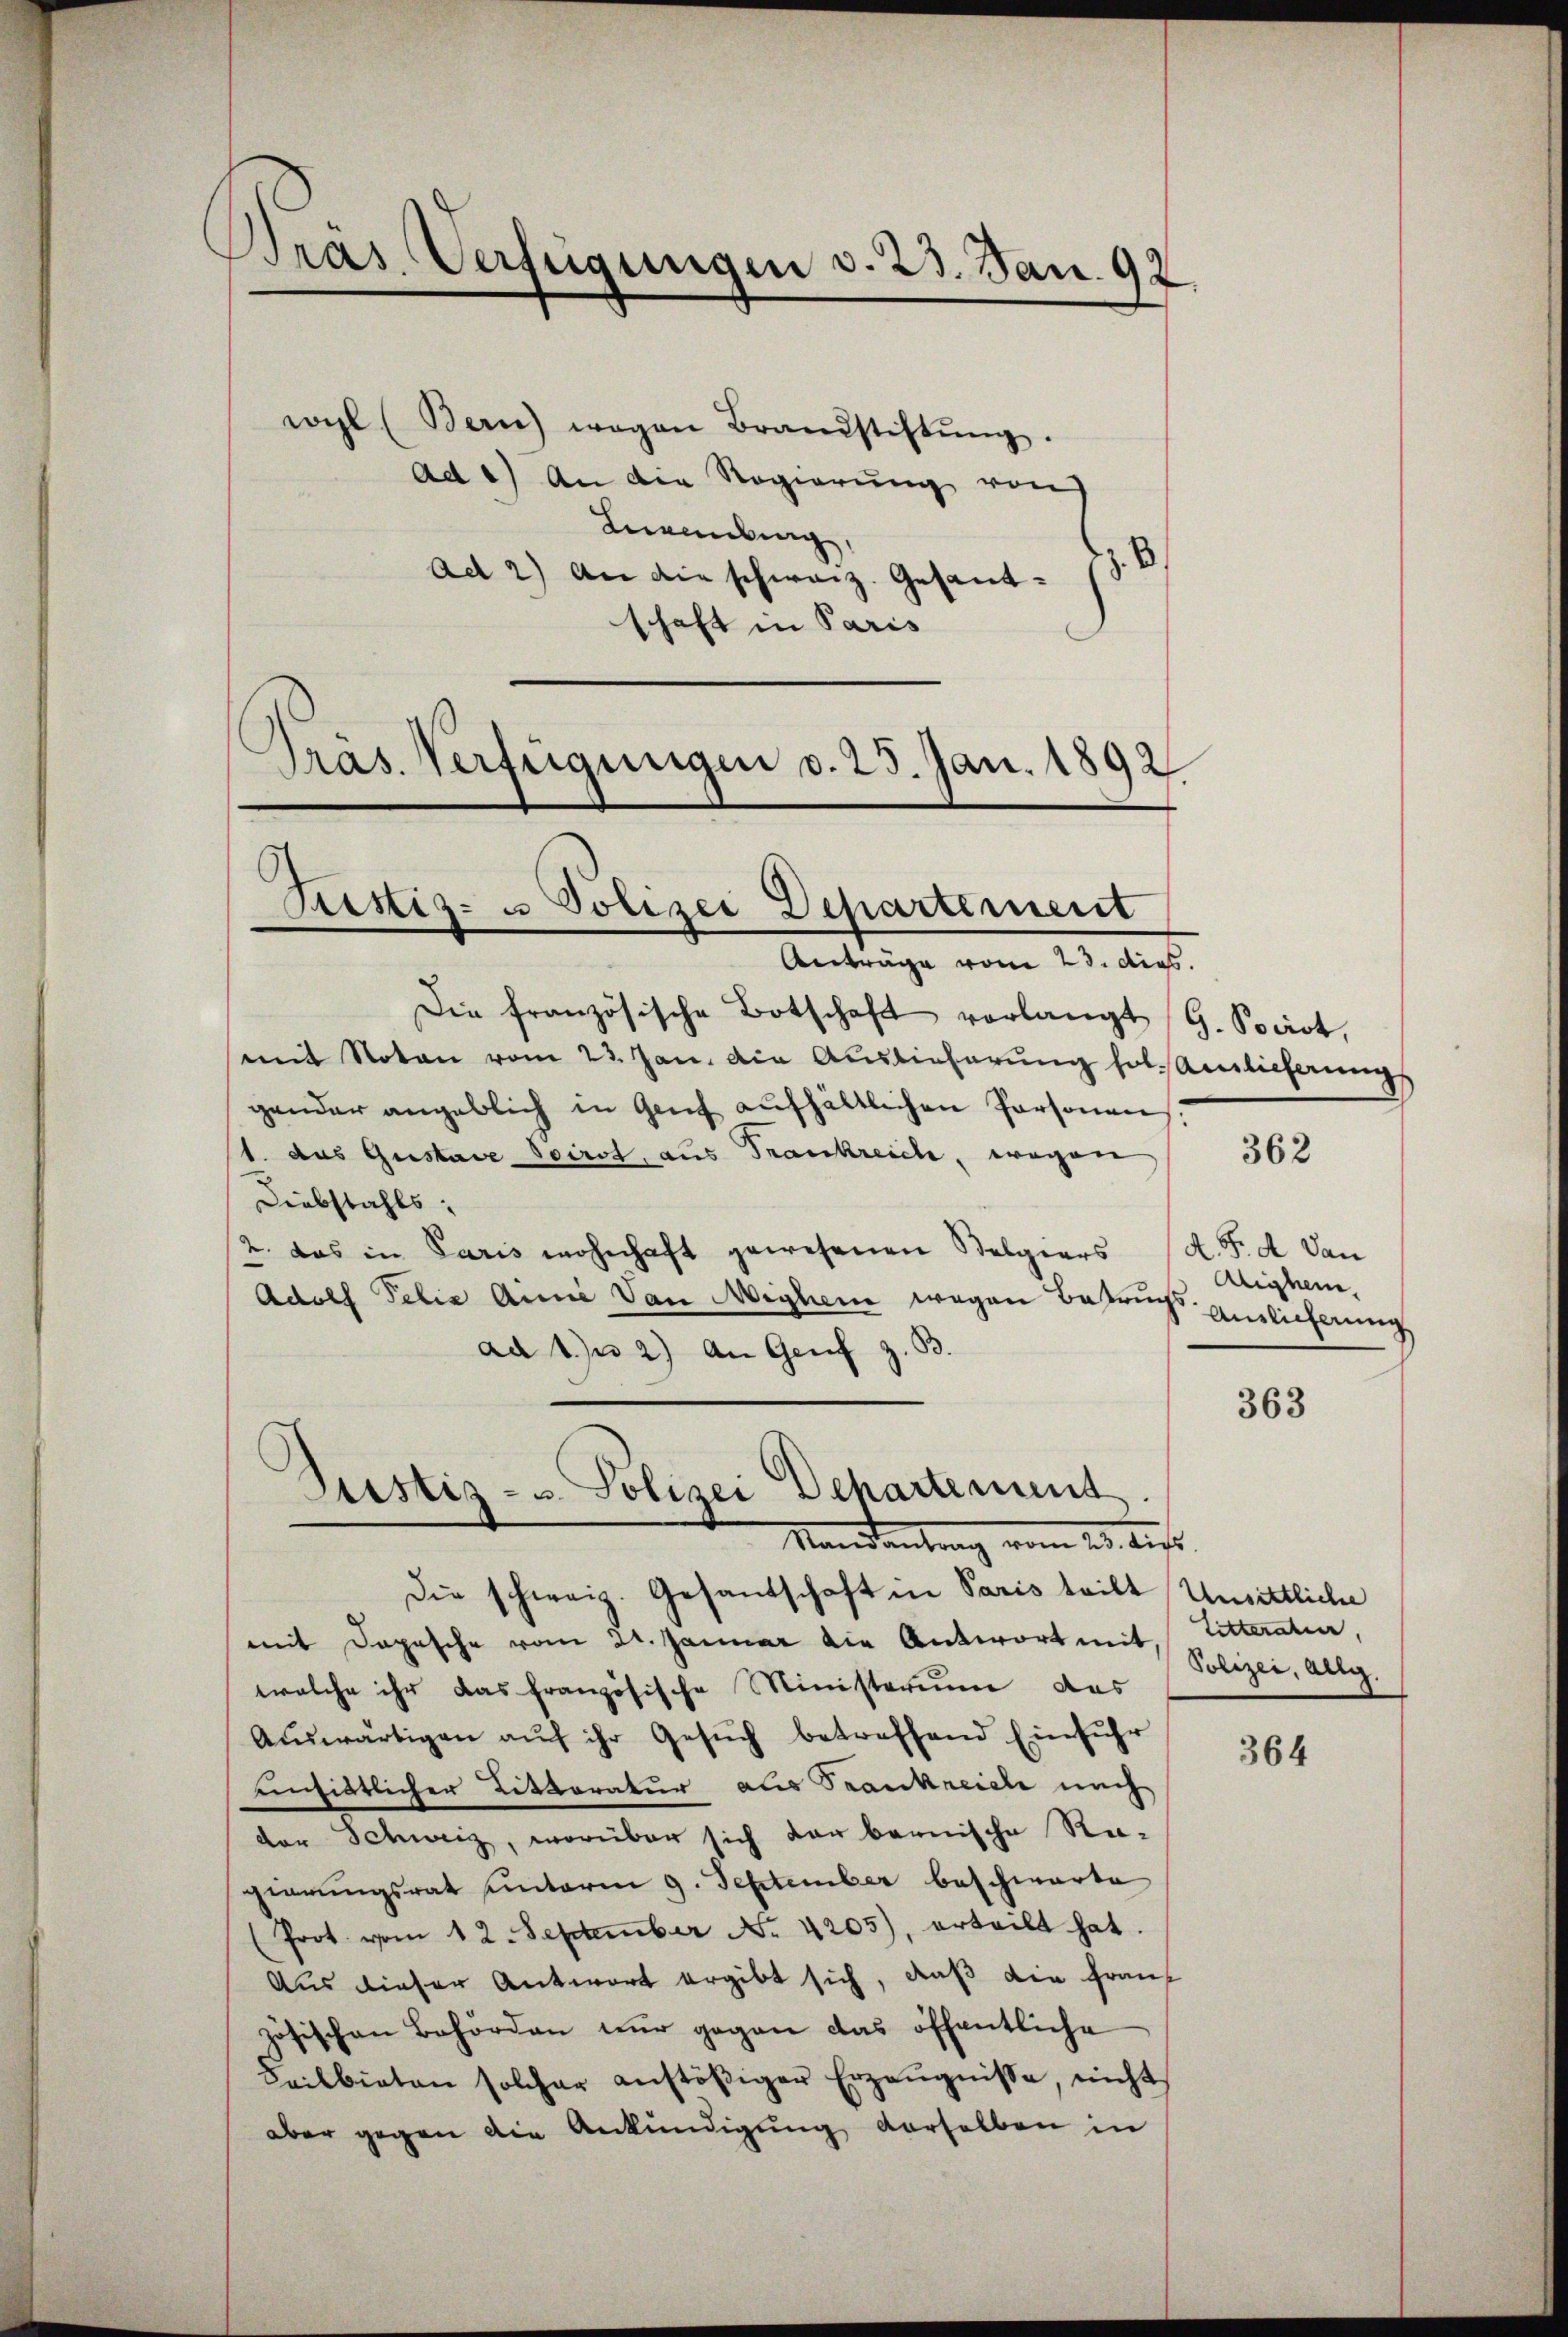
Pras Verfügungen v. 23. Jan. 92.

wyl (Bern) wegen Brandstiftŭng.
ad 2) An die Regierung von
Kneuburg,
.
Ad 2) An die schweiz. Gesandschaft in Paris
Präs. Verfügungen v. 25. Jan. 1892

Tustiz- u Polizei Departement
Anträge vom 23. dies

Die französische Botschaft vorlangt
mit Noten vom 23. Jan. die Auslieferung fol Auslieferungs
gender angeblich in Genf aufhältlichen Personen
1. das Gustanz Sciret, aus Frankreiche, wegen
Diebstahls,
2. das in Paris wohnhaft gewesenen Stelgiers (A. F. d dan
Adolf Felix Ainie von Michen wegen Betrugs Einlicherung
ad 1. u 2.) An Genf z. B.
Die schweiz. Gesandschaft in Paris teilt Unsittliche
mit Depesche vom 21. Januar die Antwort mit Litteratier,
welche ihr das französische Ministerium das
Aŭswärtigen aŭf ihr Gesŭch betreffend Einfŭhr
einsittlicher Litteratur aus Saankreiche nach
der Schweiz, worüber sich der bernische Re-
gierungsrat unterm 9. September beschwarte
(Prot. vom 12. September No. 4205), erteilt hat.
Aus dieser Antwort ergibt sich, daß die Frauzösischen Behörden nur gegen das öffentliche
Feilbieten solcher anstöβiger Erzeŭgnisse, nicht
aber gegen die Ankündigung derselben in

Justiz- u. Polizei Dehartement.
Mandantung vom 23. ds.

G. Pociot,

362

Aighem.

363

Polizei, allg.

364